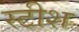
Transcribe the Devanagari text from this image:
स्टीश